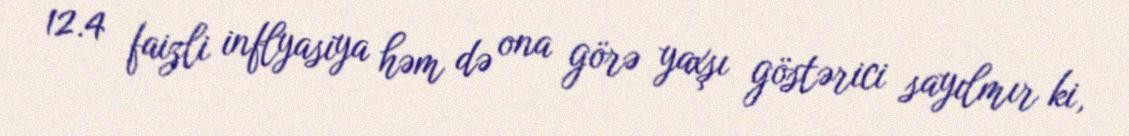
12.4 faizli inflyasiya həm də ona görə yaxşı göstərici sayılmır ki,